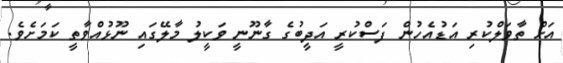
އަށް ތާވަލްކުރި އަޑުއެހުން ފަސްކުރީ އަދީބުގެ ގާނޫނީ ވަކީލު މާލޭގައި ނޫޅުއްވާތީ ކަމަށެވެ.